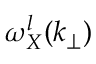
\omega _ { X } ^ { l } ( k _ { \perp } )